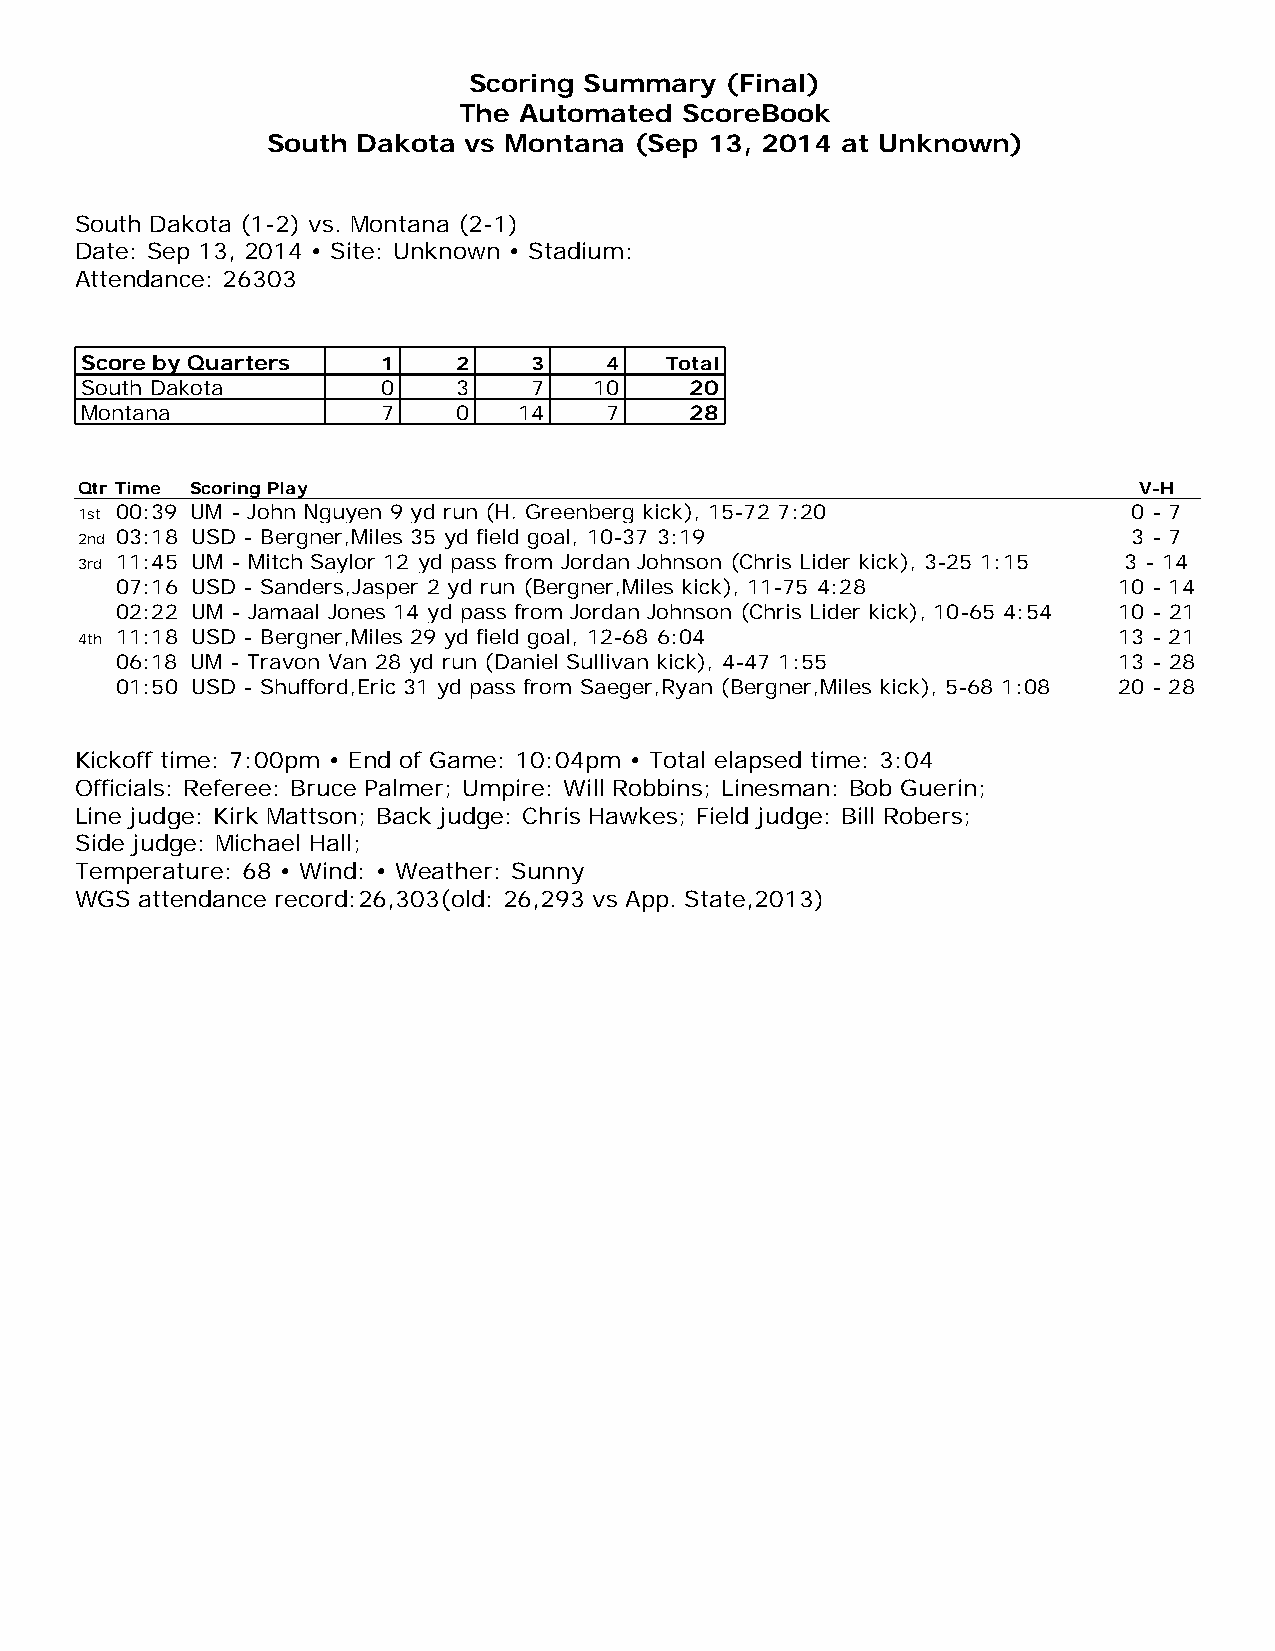
Scoring Summary  (Final)
 The Automated  ScoreBook
 South Dakota vs Montana (Sep 13, 2014 at Unknown)
 South Dakota (1-2) vs. Montana (2-1)
 Date: Sep 13, 2014 • Site: Unknown • Stadium:
 Attendance: 26303
 Score by Quarters   1    2    3    4   Total
 South Dakota        0    3    7   10     20
 Montana             7    0   14    7     28
 Qtr Time Scoring Play                                                 V-H
 1st 00:39 UM - John Nguyen 9 yd run (H. Greenberg kick), 15-72 7:20   0 - 7
 2nd 03:18 USD - Bergner,Miles 35 yd field goal, 10-37 3:19            3 - 7
 3rd 11:45 UM - Mitch Saylor 12 yd pass from Jordan Johnson (Chris Lider kick), 3-25 1:15 3 - 14
 07:16 USD - Sanders,Jasper 2 yd run (Bergner,Miles kick), 11-75 4:28 10 - 14
 02:22 UM - Jamaal Jones 14 yd pass from Jordan Johnson (Chris Lider kick), 10-65 4:54 10 - 21
 4th 11:18 USD - Bergner,Miles 29 yd field goal, 12-68 6:04           13 - 21
 06:18 UM - Travon Van 28 yd run (Daniel Sullivan kick), 4-47 1:55 13 - 28
 01:50 USD - Shufford,Eric 31 yd pass from Saeger,Ryan (Bergner,Miles kick), 5-68 1:08 20 - 28
 Kickoff time: 7:00pm • End of Game: 10:04pm • Total elapsed time: 3:04
 Officials: Referee: Bruce Palmer; Umpire: Will Robbins; Linesman: Bob Guerin;
 Line judge: Kirk Mattson; Back judge: Chris Hawkes; Field judge: Bill Robers;
 Side judge: Michael Hall;
 Temperature: 68 • Wind: • Weather: Sunny
 WGS attendance record:26,303(old: 26,293 vs App. State,2013)